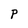
Character: P